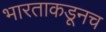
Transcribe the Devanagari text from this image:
भारताकडूनच